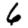
Digit: 6